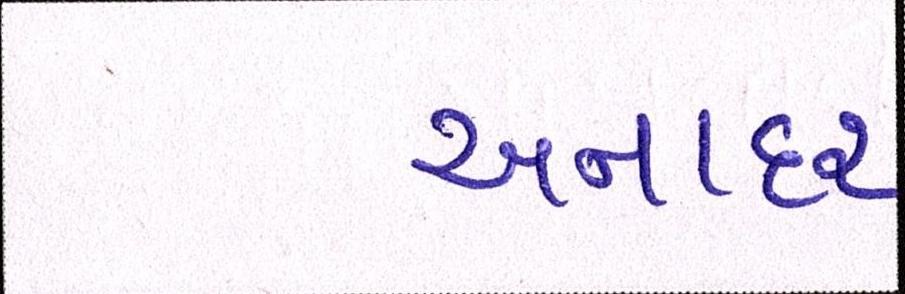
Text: અનાદર